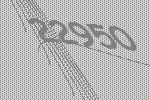
22950